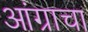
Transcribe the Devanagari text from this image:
आंग्राचा